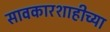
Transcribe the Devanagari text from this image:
सावकारशाहीच्या